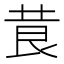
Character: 𮏃